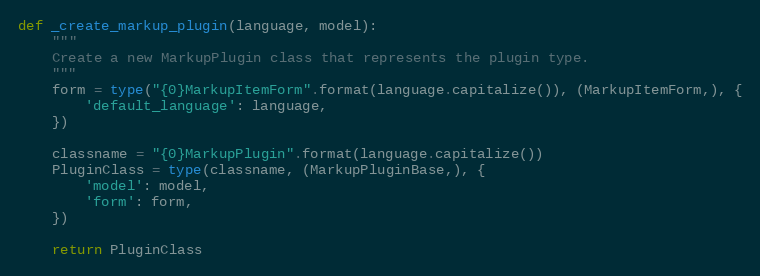
Language: Python
def _create_markup_plugin(language, model):
    """
    Create a new MarkupPlugin class that represents the plugin type.
    """
    form = type("{0}MarkupItemForm".format(language.capitalize()), (MarkupItemForm,), {
        'default_language': language,
    })

    classname = "{0}MarkupPlugin".format(language.capitalize())
    PluginClass = type(classname, (MarkupPluginBase,), {
        'model': model,
        'form': form,
    })

    return PluginClass